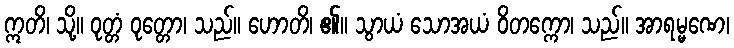
ဣတိ၊ သို့။ ဝုတ္တံ ဝုတ္တော၊ သည်။ ဟောတိ၊ ၏။ သွာယံ သောအယံ ဝိတက္ကော၊ သည်။ အာရမ္မဏေ၊